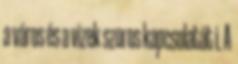
a város és a vizek szoros kapcsolatát i. A